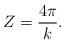
LaTeX: \begin{align*} Z = \frac{4 \pi}{k}.\end{align*}